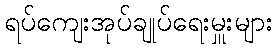
ရပ်ကျေးအုပ်ချုပ်ရေးမှူးများ